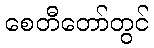
စေတီတော်တွင်